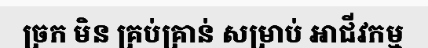
ច្រក មិន គ្រប់គ្រាន់ សម្រាប់ អាជីវកម្ម